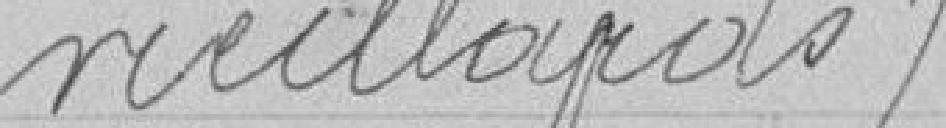
vieillards.